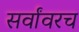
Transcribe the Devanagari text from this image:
सर्वांवरच